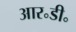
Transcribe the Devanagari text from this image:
आर॰डी॰